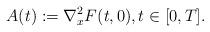
LaTeX: \begin{align*}A(t):=\nabla^2_x F(t,0), t\in[0,T].\end{align*}